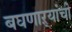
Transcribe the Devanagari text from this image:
बघणाऱ्यांची